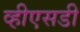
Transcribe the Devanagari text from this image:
व्हीएसडी